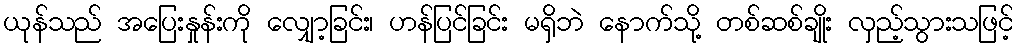
ယုန်သည် အပြေးနှုန်းကို လျှော့ခြင်း၊ ဟန်ပြင်ခြင်း မရှိဘဲ နောက်သို့ တစ်ဆစ်ချိုး လှည့်သွားသဖြင့်